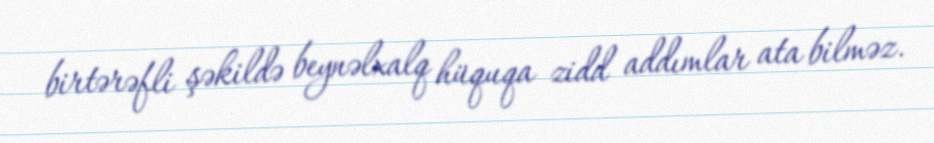
birtərəfli şəkildə beynəlxalq hüquqa zidd addımlar ata bilməz.